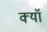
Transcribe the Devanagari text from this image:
क्यॉ